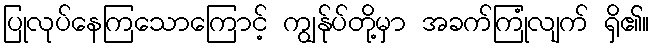
ပြုလုပ်နေကြသောကြောင့် ကျွန်ုပ်တို့မှာ အခက်ကြုံလျက် ရှိ၏။